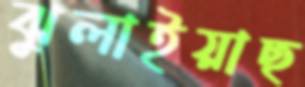
ঝুলাইয়াছ